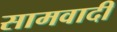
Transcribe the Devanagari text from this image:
सामवादी